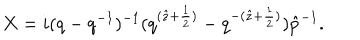
X = i ( q - q ^ { - 1 } ) ^ { - 1 } ( q ^ { ( \hat { z } + \frac { 1 } { 2 } ) } - q ^ { - ( \hat { z } + \frac { 1 } { 2 } ) } ) \hat { p } ^ { - 1 } .